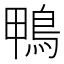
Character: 鴨